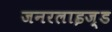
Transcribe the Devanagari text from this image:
जनरलाइज़्ड